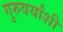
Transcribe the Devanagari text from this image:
गुरुवर्यांशी